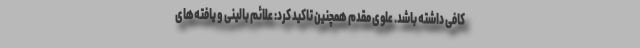
کافی داشته باشد. علوی مقدم همچنین تاکید کرد: علائم بالینی و یافته‌های